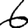
Digit: 6